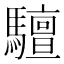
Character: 驙